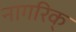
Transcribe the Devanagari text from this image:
नागरिक्